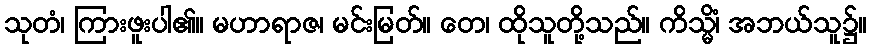
သုတံ၊ ကြားဖူးပါ၏။ မဟာရာဇ၊ မင်းမြတ်။ တေ၊ ထိုသူတို့သည်။ ကိသ္မိံ၊ အဘယ်သူ၌။